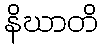
နိဃာတိ